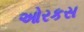
ઓરકસ